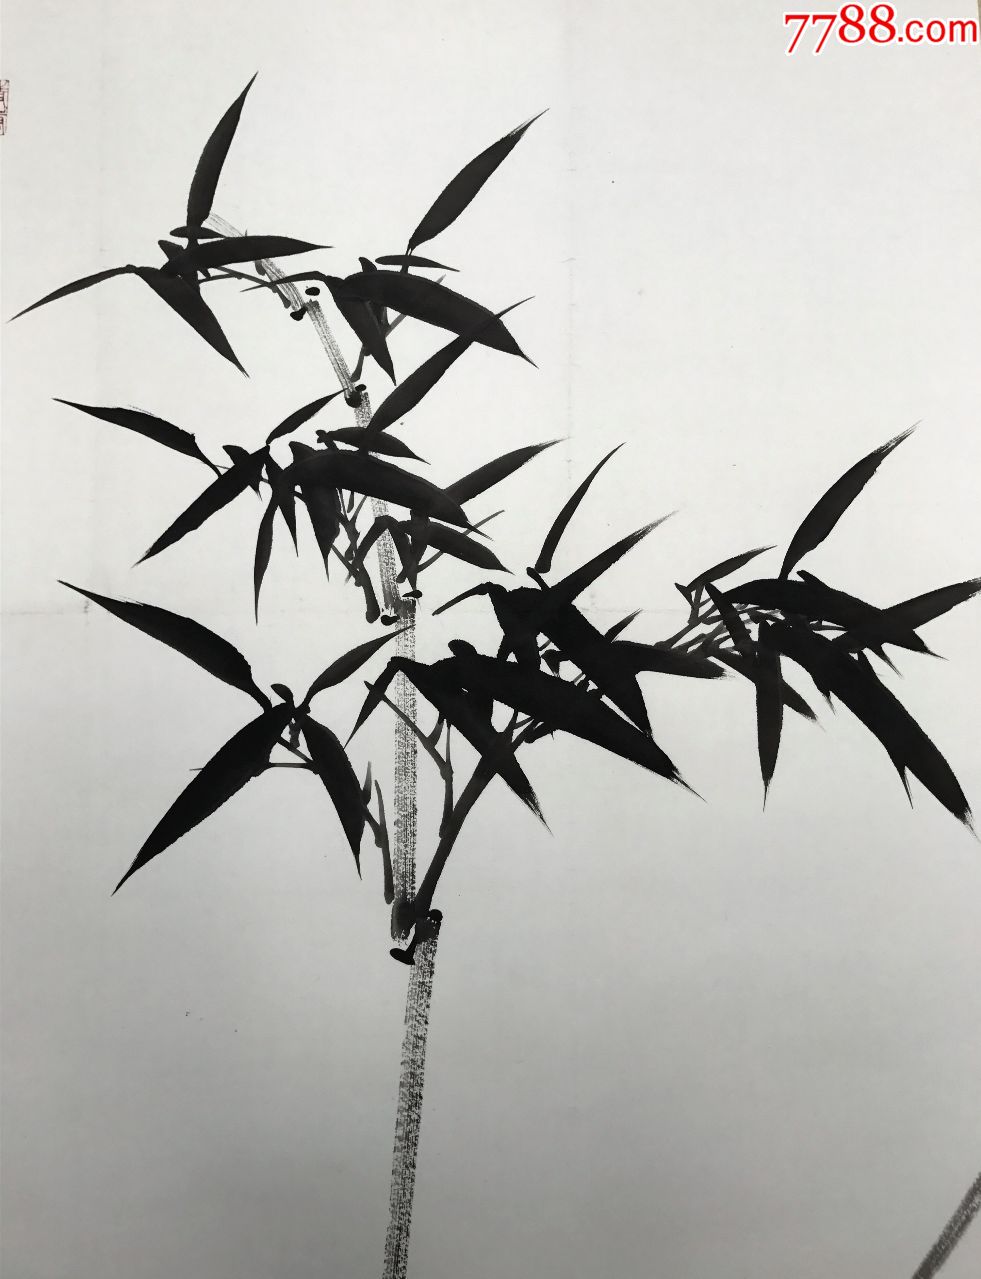
月出惊山鸟，时鸣春涧中。